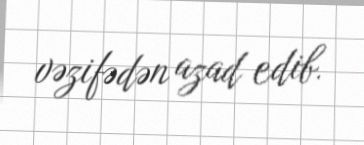
vəzifədən azad edib.